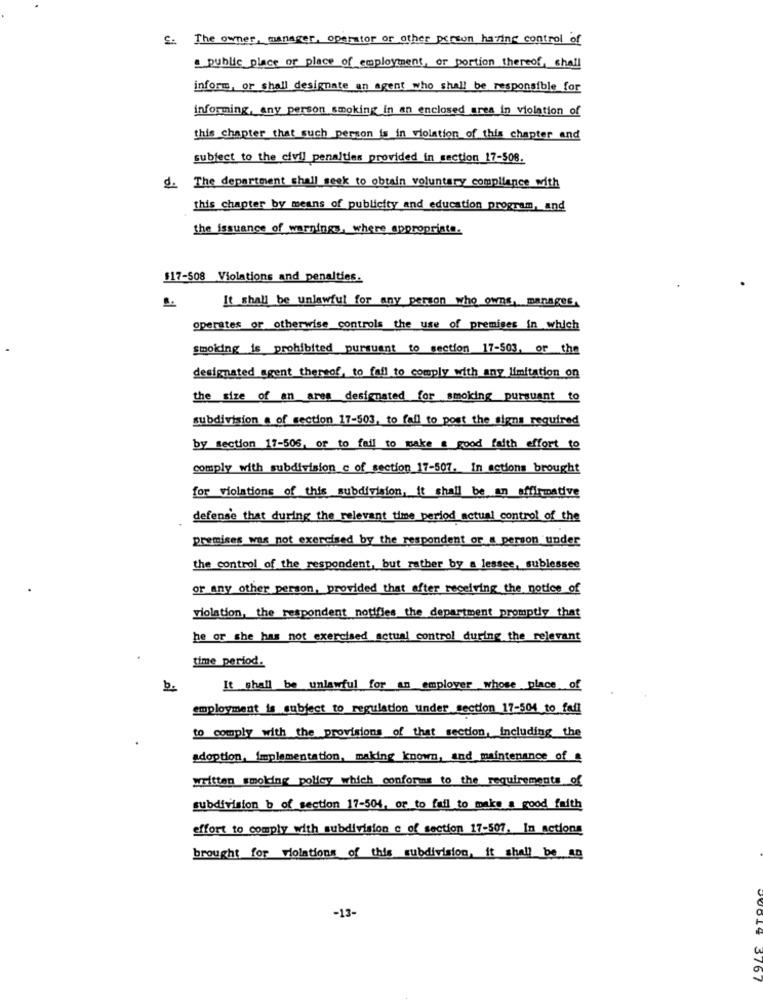
The owner, manager, operator or other person having control of
public place of place of employment, or portion thereof, shall
inform, or shall designate an agent who shall be responsible for
informing, any person smoking in an enclosed area in violation of
this chapter that such person is in violation of this chapter and
subject to the civil penalties provided in section 17-508.
d. The department shall seek to obtain voluntary compliance with
this chapter by means of publicity and education program, and
the issuance of warnings, where appropriate.
$17-508 Violations and penalties.
It shall be unlawful for any person who owns, manages,
operates or otherwise controls the use of premises in which
smoking is prohibited pursuant to section 17-503, or the
designated agent thereof, to fail to comply with any limitation on
subdivision a of section 17-503, to fail to post the signs required
by section 17-506, or to fail to make a good faith effort to
comply with subdivision_ of _section_17-507. in actions brought
for violations of this subdivision. it shall be an affirmative
defense that during the relevant time period actual control of the
premises was not exercised by the respondent or a person under
the control of the respondent, but rather by a lessee, sublessee
or any other person, provided that after receiving the notice of
violation, the respondent notifies the department promptly that
he or she has not exercised actual control during the relevant
time period.
b.
It shall be unlawful for an employer whose place of
employment is subject to regulation under section 17-504 to fail
to comply with the provisions of that section, Including the
adoption, implementation, making known, and maintenance of
written smoking policy which conforms to the requirements of
subdivision b of section 17-504, or to fail to make a good faith
effort to comply with subdivision c of section 17-507. In actions
brought for violations of this subdivision, it shall be ag
-13-
3767